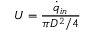
U = \frac { \dot { q } _ { i n } } { \pi D ^ { 2 } / 4 }